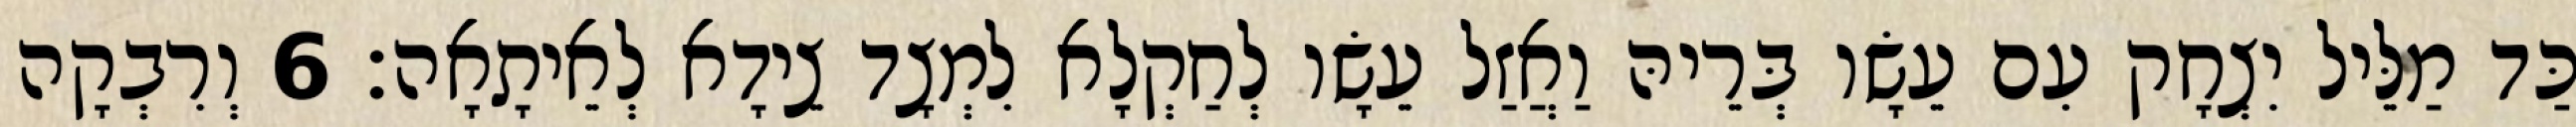
כַּד מַלֵּיל יִצְחָק עִם עֵשָׂו בְּרֵיהּ וַאֲזַל עֵשָׂו לְחַקְלָא לִמְצָד צֵידָא לְאֵיתָאָה׃ 6 וְרִבְקָה